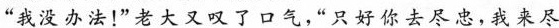
“我没办法！”老大又叹了口气，“只好你去尽忠，我来尽